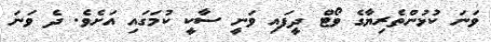
ވަނަ ކުޅުންތެރިޔާގެ ވޯޓް ދީފައި ވަނީ ސާކީ ކުމަގައި އަށެވެ. ދެ ވަނަ